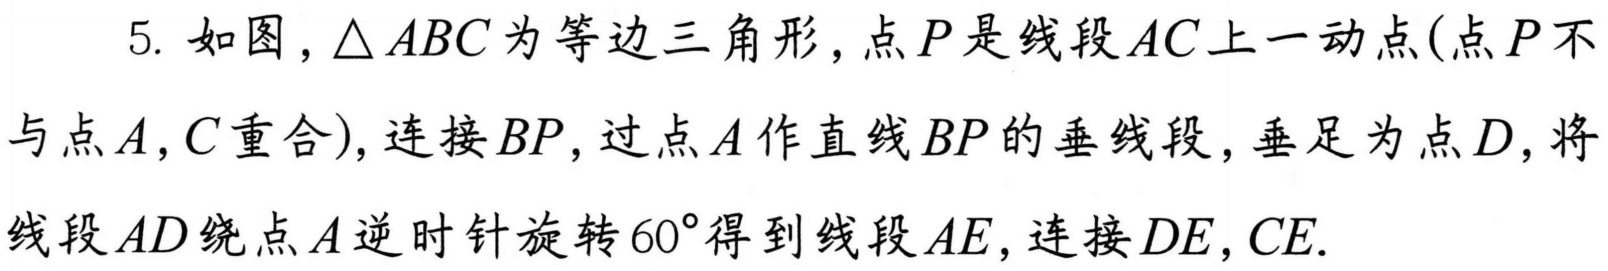
5. 如图，\(\triangle ABC\)为等边三角形，点\(P\)是线段\(AC\)上一动点(点\(P\)不
与点\(A,C\)重合)，连接\(BP\)，过点\(A\)作直线\(BP\)的垂线段，垂足为点\(D\)，将
线段\(AD\)绕点\(A\)逆时针旋转\(60^{\circ}\)得到线段\(AE\)，连接\(DE,CE\).